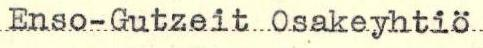
Enso-Gutzeit Osakeyhtiö